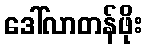
ဒေါ်လာတန်ဖိုး